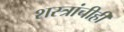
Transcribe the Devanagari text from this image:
शस्त्रांचीही